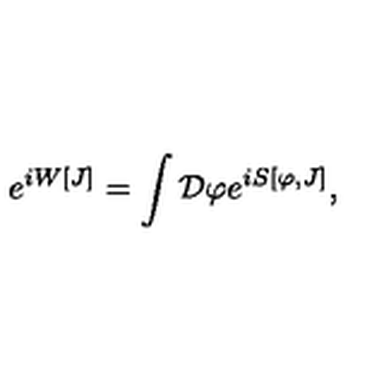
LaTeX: e ^ { i W [ J ] } = \int { \cal D } \varphi e ^ { i S [ \varphi , J ] } ,